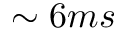
\sim 6 m s